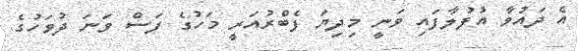
އެ ދައުވާ އުފުލާފައި ވަނީ މިދިޔަ ފެބްރުއަރީ މަހުގެ ފަސް ވަނަ ދުވަހުގެ